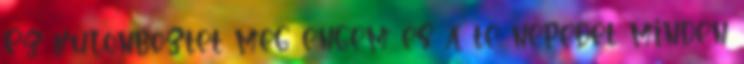
Ez különböztet meg engem és a te népedet minden